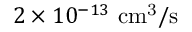
2 \times 1 0 ^ { - 1 3 } ~ \mathrm { c m ^ { 3 } / s }